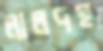
লালদহ